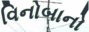
વિનોબાનો